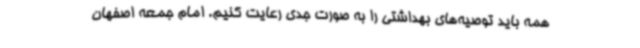
همه باید توصیه‌های بهداشتی را به صورت جدی رعایت کنیم. امام جمعه اصفهان